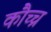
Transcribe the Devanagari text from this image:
कौच्च